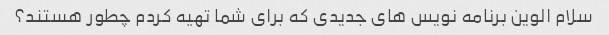
سلام الوین برنامه نویس های جدیدی که برای شما تهیه کردم چطور هستند؟